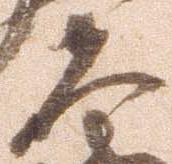
夫